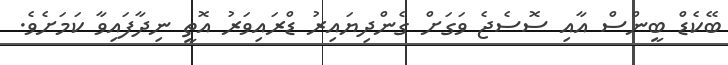
ބޭކެޑް ބީންސް އާއި ސޮސެޖެ ވަގަށް ގެންދިޔައިރު ޑްރައިވަރު އޮތީ ނިދާފައިވާ ކަމަށެވެ.